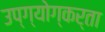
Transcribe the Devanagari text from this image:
उप्ग्योग्कर्ता